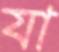
যা